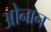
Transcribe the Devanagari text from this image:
ओनान